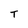
Character: T